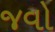
જવો